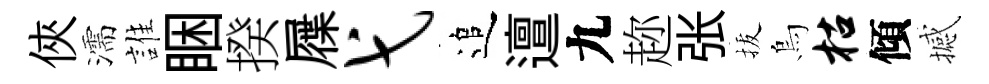
俠濡誰睏揆屧弋追邅九趂张拔烏枯傾撼